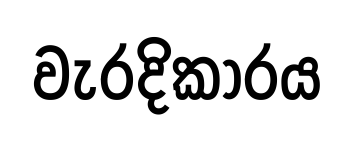
වැරදිකාරය